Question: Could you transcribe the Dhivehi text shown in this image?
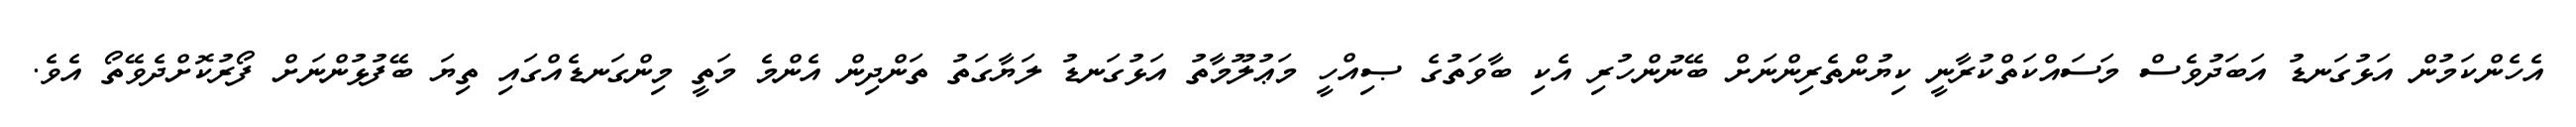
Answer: އެހެންކަމުން އަޅުގަނޑު އަބަދުވެސް މަސައްކަތްކުރާނީ ކިޔުންތެރިންނަށް ބޭނުންހުރި އެކި ބާވަތުގެ ޞިއްހީ މަޢުލޫމާތު އަޅުގަނޑު ލަޔާގަތު ތަންދިން އެންމެ މަތީ މިންގަނޑެއްގައި ތިޔަ ބޭފުޅުންނަށް ފޯރުކޮށްދެވޭތޯ އެވެ.